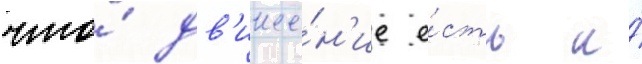
что́ дв'иже́н'ие е́сть и́